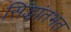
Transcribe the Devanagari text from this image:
सिद्धांतभत